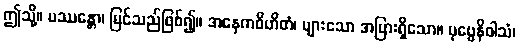
ဤသို့။ ပဿန္တော၊ မြင်သည်ဖြစ်၍။ အနေကဝိဟိတံ၊ များသော အပြားရှိသော။ ပုဗ္ဗေနိဝါသံ၊